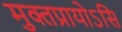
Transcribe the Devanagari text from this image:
मुक्तप्रायोऽसि